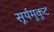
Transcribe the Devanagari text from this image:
सूर्यमुकुट